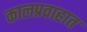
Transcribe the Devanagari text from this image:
कालप्रवाहात